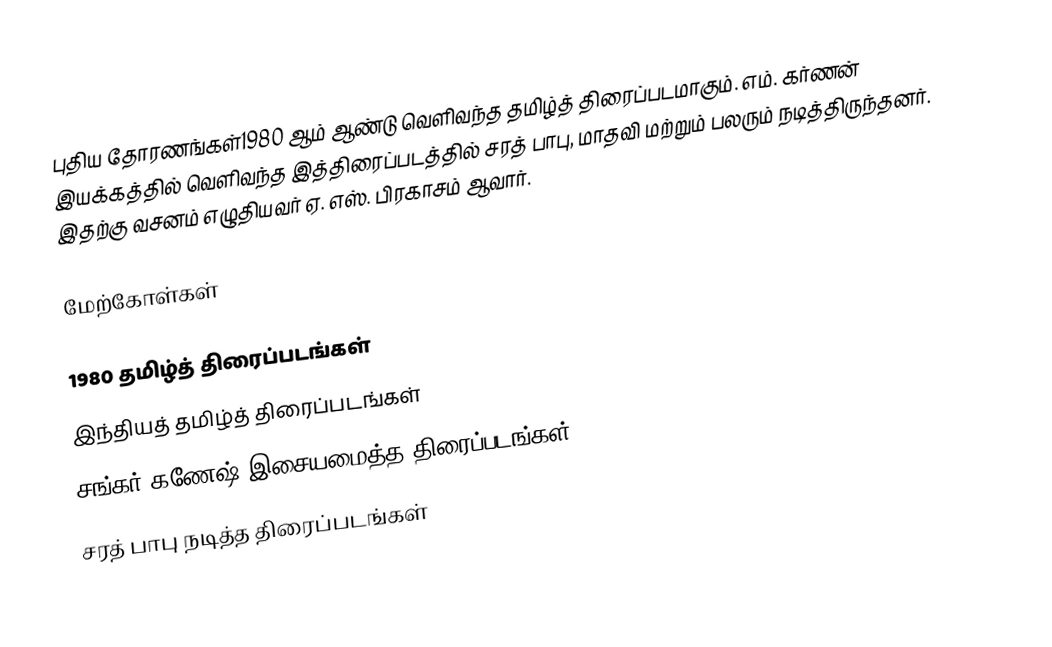
புதிய தோரணங்கள்1980 ஆம் ஆண்டு வெளிவந்த தமிழ்த் திரைப்படமாகும். எம். கர்ணன் இயக்கத்தில் வெளிவந்த இத்திரைப்படத்தில் சரத் பாபு, மாதவி மற்றும் பலரும் நடித்திருந்தனர். இதற்கு வசனம் எழுதியவர் ஏ. எஸ். பிரகாசம் ஆவார்.

மேற்கோள்கள்

1980 தமிழ்த் திரைப்படங்கள்
இந்தியத் தமிழ்த் திரைப்படங்கள்
சங்கர் கணேஷ் இசையமைத்த திரைப்படங்கள்
சரத் பாபு நடித்த திரைப்படங்கள்